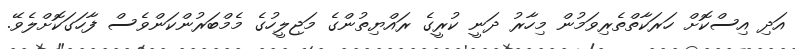
އަދި އިސްކޮށް ހަރަކާތްތެރިވަމުން މިހާރު ދަނީ ކުރީގެ ރައްޔިތުންގެ މަޖިލީހުގެ މެމްބަރުންކަންވެސް ފާހަގަކޮށްލެވޭ.